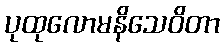
ပုထုလောမနိသေဝိတာ